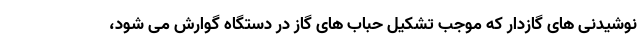
نوشیدنی های گازدار که موجب تشکیل حباب های گاز در دستگاه گوارش می شود،